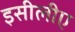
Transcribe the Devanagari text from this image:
इसीलीए